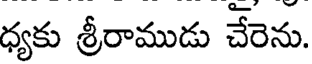
ధ్యకు శ్రీరాముడు చేరెను.